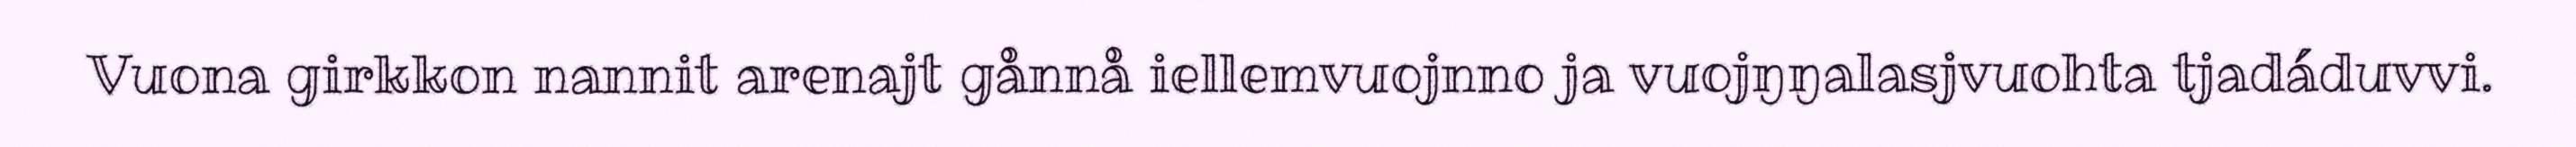
Vuona girkkon nannit arenajt gånnå iellemvuojnno ja vuojŋŋalasjvuohta tjadáduvvi.